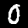
Digit: 0